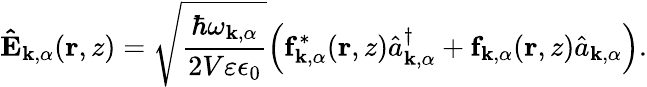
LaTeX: \mathbf{\hat{E}}_{\mathbf{k},\alpha}(\mathbf{r},z)=\sqrt{\frac{\hbar\omega_{\mathbf{k},\alpha}}{2V\varepsilon\epsilon_{0}}}\Big(\mathbf{f}_{\mathbf{k},\alpha}^{*}(\mathbf{r},z)\hat{a}_{\mathbf{k},\alpha}^{\dagger}+\mathbf{f}_{\mathbf{k},\alpha}(\mathbf{r},z)\hat{a}_{\mathbf{k},\alpha}\Big).